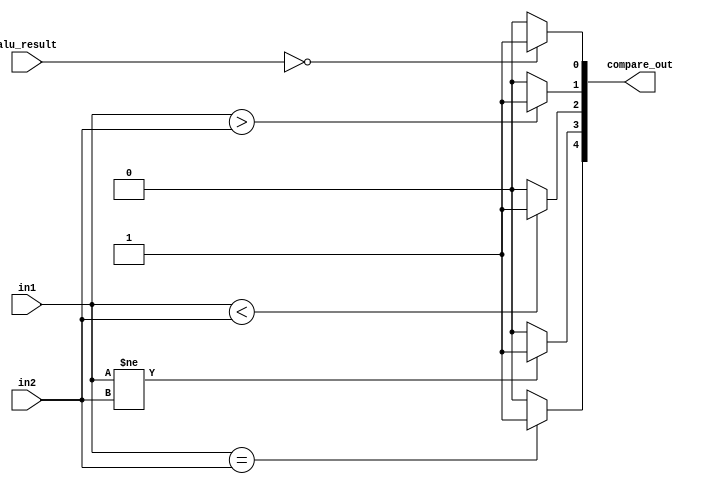
`timescale 1ns / 1ps
//////////////////////////////////////////////////////////////////////////////////
// Company: 
// 
// Design Name:     ALU Comparator
// Module Name:     Xcompare 
// Project Name:    MIPS 16 bit Processor
// Target Devices: 
// Tool versions: 
// Description: 
//
// Dependencies:    N/A
//
// Revision: 
// Revision 0.01 - File Created
// Additional Comments: 
//
//////////////////////////////////////////////////////////////////////////////////
module Xcompare(compare_out, in1, in2, alu_result);
        //comparator(compare_wire, alu_in1, alu_in2);

    output  [4:0]   compare_out;
    input   [31:0]  in1, in2;
    input   [31:0]  alu_result;
            //{equal, !equal, less than, greater than, zero}

    assign compare_out[4] = (in1 == in2)? 1'b1 : 1'b0;
    assign compare_out[3] = (in1 != in2)? 1'b1 : 1'b0;
    assign compare_out[2] = (in1 < in2)? 1'b1 : 1'b0;
    assign compare_out[1] = (in1 > in2)? 1'b1 : 1'b0;
    assign compare_out[0] = (alu_result == 0)? 1'b1 : 1'b0;

endmodule